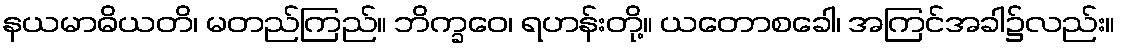
နယမာဓိယတိ၊ မတည်ကြည်။ ဘိက္ခဝေ၊ ရဟန်းတို့။ ယတောစခေါ၊ အကြင်အခါ၌လည်း။